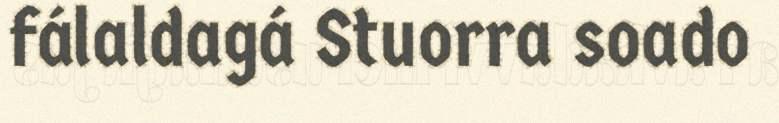
fálaldagá Stuorra soado